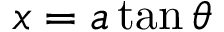
x = a \tan \theta